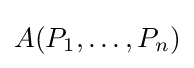
A(P_{1},\dots ,P_{n})